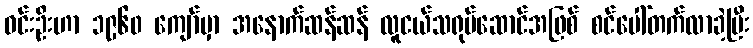
ဝင်းဦးဟာ ၁၉၆၀ ကျော်မှာ အနောက်ဆန်ဆန် လူငယ်သရုပ်ဆောင်အဖြစ် စင်ပေါ်တက်လာခဲ့ပြီး